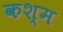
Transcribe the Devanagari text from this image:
कश्म